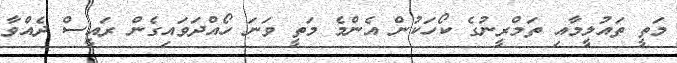
މަތީ ތައުލީމާއި ތަމްރީނުގެ ކޯހަކުން އެންމެ މަތީ ވަނަ ހޯއްދަވައިގެން ރައީސް ދެއްވާ